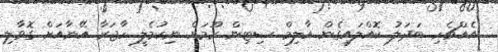
އެއްޗެހި ބަދަލު ކޮއްލައިގެން އާލިމް ސިޓިން ރޫމަށް ނިކުމެލީ ހާޖަރާ އޭނާއަށް ގޮވާލި